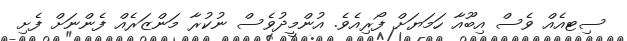
ސިޓއެއް ވެސް އިބޫއާ ހަމަޔަށް ފޯރިއެވެ. އުންމީދުވެސް ނުކުރާ މަންޒަރެއް ފެންނަށް ފެށި